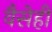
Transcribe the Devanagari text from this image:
वैसेही